Indian journal of veterinary science and animal husbandry - Volume 12,
Year: 1942
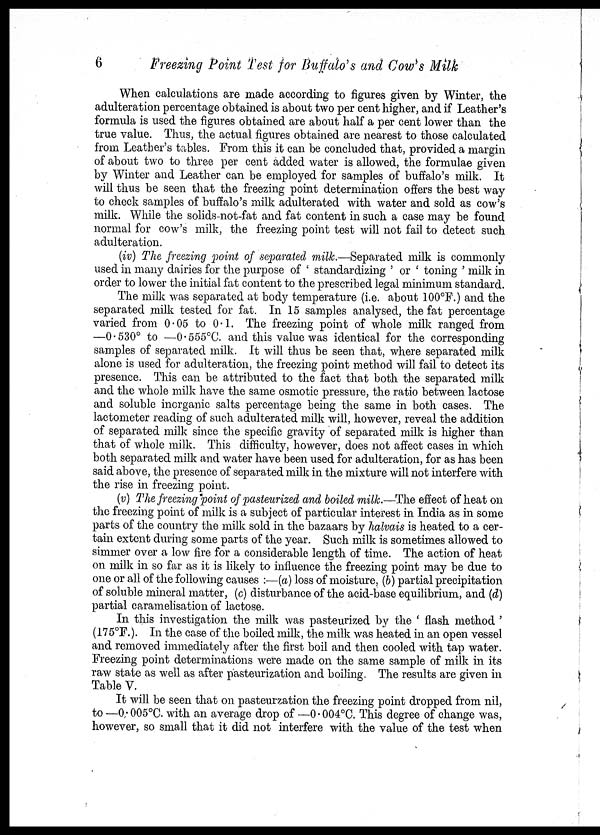
6
Freezing Point Test for Buffalo's and Cow's Milk
When calculations are made according to figures given by Winter, the
adulteration percentage obtained is about two per cent higher, and if Leather's
formula is used the figures obtained are about half a per cent lower than the
true value. Thus, the actual figures obtained are nearest to those calculated
from Leather's tables. From this it can be concluded that, provided a margin
of about two to three per cent added water is allowed, the formulae given
by Winter and Leather can be employed for samples of buffalo's milk. It
will thus be seen that the freezing point determination offers the best way
to check samples of buffalo's milk adulterated with water and sold as cow's
milk. While the solids-not-fat and fat content in such a case may be found
normal for cow's milk, the freezing point test will not fail to detect such
adulteration.
(iv) The freezing point of separated milk.—Separated milk is commonly
used in many dairies for the purpose of ' standardizing ' or ' toning ' milk in
order to lower the initial fat content to the prescribed legal minimum standard.
The milk was separated at body temperature (i.e. about 100°F.) and the
separated milk tested for fat. In 15 samples analysed, the fat percentage
varied from 0.05 to 0.1. The freezing point of whole milk ranged from
—0.530° to —0.555°C. and this value was identical for the corresponding
samples of separated milk. It will thus be seen that, where separated milk
alone is used for adulteration, the freezing point method will fail to detect its
presence. This can be attributed to the fact that both the separated milk
and the whole milk have the same osmotic pressure, the ratio between lactose
and soluble inorganic salts percentage being the same in both cases. The
lactometer reading of such adulterated milk will, however, reveal the addition
of separated milk since the specific gravity of separated milk is higher than
that of whole milk. This difficulty, however, does not affect cases in which
both separated milk and water have been used for adulteration, for as has been
said above, the presence of separated milk in the mixture will not interfere with
the rise in freezing point.
(v) The freezing point of pasteurized and boiled milk.—The effect of heat on
the freezing point of milk is a subject of particular interest in India as in some
parts of the country the milk sold in the bazaars by halvais is heated to a cer-
tain extent during some parts of the year. Such milk is sometimes allowed to
simmer over a low fire for a considerable length of time. The action of heat
on milk in so far as it is likely to influence the freezing point may be due to
one or all of the following causes :—(a) loss of moisture, (b) partial precipitation
of soluble mineral matter, (c) disturbance of the acid-base equilibrium, and (d)
partial caramelisation of lactose.
In this investigation the milk was pasteurized by the ' flash method '
(175°F.). In the case of the boiled milk, the milk was heated in an open vessel
and removed immediately after the first boil and then cooled with tap water.
Freezing point determinations were made on the same sample of milk in its
raw state as well as after pasteurization and boiling. The results are given in
Table V.
It will be seen that on pasteurzation the freezing point dropped from nil,
to —0.005°C. with an average drop of —0.004°C. This degree of change was,
however, so small that it did not interfere with the value of the test when